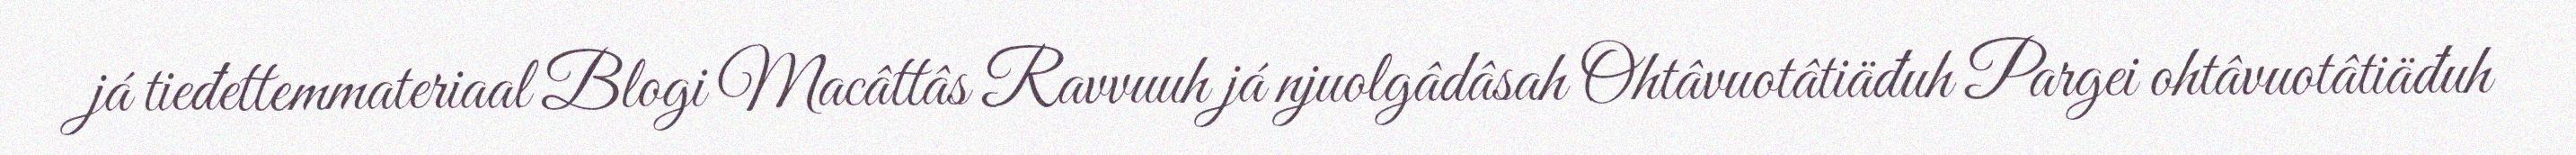
já tieđettemmateriaal Blogi Macâttâs Ravvuuh já njuolgâdâsah Ohtâvuotâtiäđuh Pargei ohtâvuotâtiäđuh